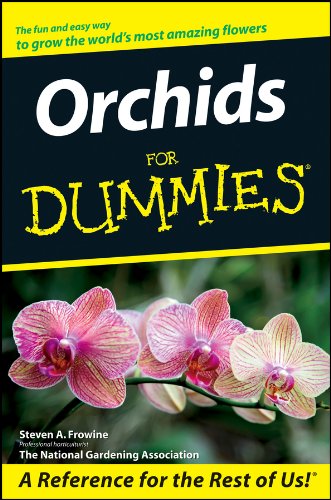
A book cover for Orchids For Dummies; Steven A. Frowine; Crafts, Hobbies & Home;